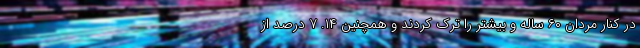
در کنار مردان ۶۰ ساله و بیشتر را ترک کردند و همچنین ۱۴. ۷ درصد از